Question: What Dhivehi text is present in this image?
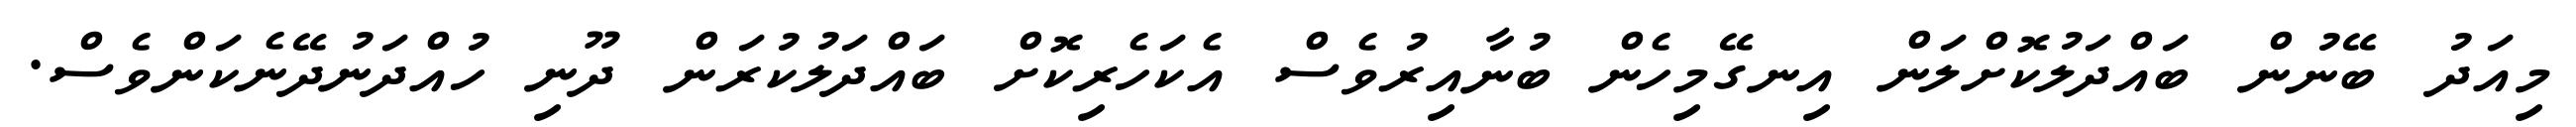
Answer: މިއަދު ބޭނުން ބައްދަލުކޮށްލަން އިނގޭމިހެން ބުނާއިރުވެސް އެކަހެރިކޮށް ބައްދަލުކުރަން ދޫނި ހުއްދަނުދޭނެކަންވެސް.